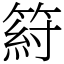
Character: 䈙